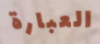
العبارة